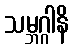
သမ္ဘဂ္ဂါနိ